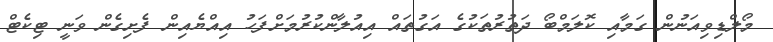
މޯލްޑިވިއަނުން ގަމާއި ކޮލަމްބޯ ދަތުރުތަކުގެ އަގުތައް އިއުލާންކުރުމަށްފަހު އިއްޔެއިން ފެށިގެން ވަނީ ޓިކެޓް